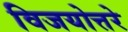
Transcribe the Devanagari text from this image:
विजयोत्तरे